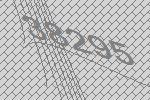
38295